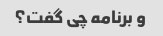
و برنامه چی گفت؟